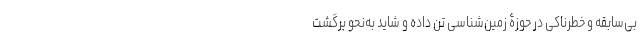
بی‌سابقه و خطرناکی در حوزۀ زمین‌شناسی تن داده و شاید به‌نحو برگشت